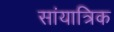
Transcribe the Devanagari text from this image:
सांयात्रिक